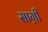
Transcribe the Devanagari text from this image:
साग़ी